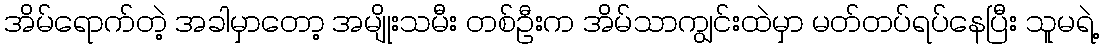
အိမ်ရောက်တဲ့ အခါမှာတော့ အမျိုးသမီး တစ်ဦးက အိမ်သာကျွင်းထဲမှာ မတ်တပ်ရပ်နေပြီး သူမရဲ့